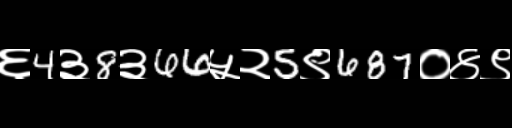
Text: ६4३8३66५२5९687०४९